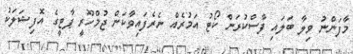
މާފަންނު ވިލާ ބަލައި ފާސްކުރަން ކޯޓު އަމުރެއް ނެރެފައިވާކަން ޖުމްހޫރީ ޕާޓީގެ އޮފިޝަލަކު